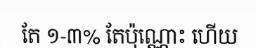
តែ ១-៣% តែប៉ុណ្ណោះ ហើយ